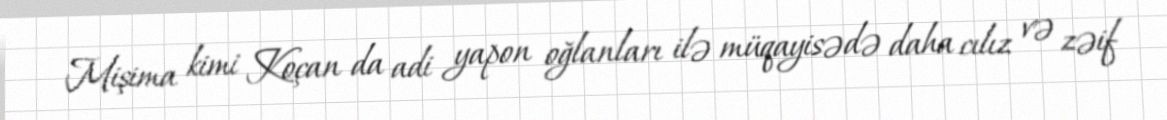
Mişima kimi Koçan da adi yapon oğlanları ilə müqayisədə daha cılız və zəif